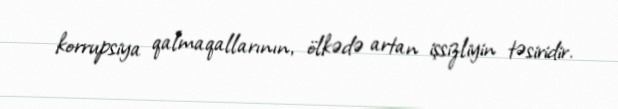
korrupsiya qalmaqallarının, ölkədə artan işsizliyin təsiridir.